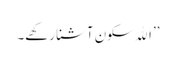
’’اﷲ سکون آشنا رکھے۔